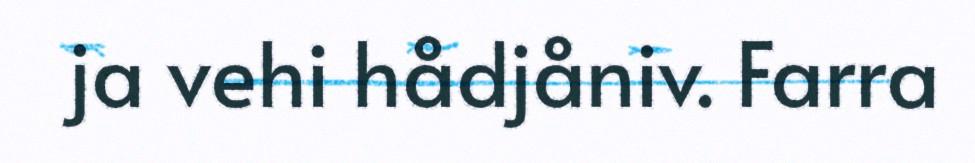
ja vehi hådjåniv. Farra